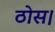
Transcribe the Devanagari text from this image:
ठोस।